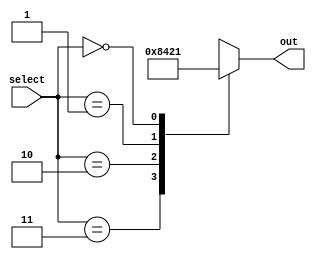
module decoder_2x4(output reg[3:0] out,input[1:0] select);

	always @(select)
	begin
		case(select)
			2'b11: out=4'b1000;
			2'b10: out=4'b0100;
			2'b01: out=4'b0010;
			2'b00: out=4'b0001;
		endcase
	end
		

endmodule